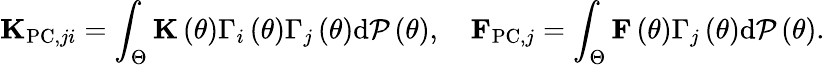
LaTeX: {\mathbf K}_{\mathrm{PC},ji}=\int_{\Theta}{\mathbf K}\left(\theta\right)\Gamma_{i}\left(\theta\right)\Gamma_{j}\left(\theta\right)\mathrm{d}{\cal P}\left(\theta\right),\quad{\mathbf F}_{\mathrm{PC},j}=\int_{\Theta}{\mathbf F}\left(\theta\right)\Gamma_{j}\left(\theta\right)\mathrm{d}{\cal P}\left(\theta\right).